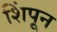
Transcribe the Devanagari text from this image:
शिंपून